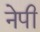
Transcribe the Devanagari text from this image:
नेपी